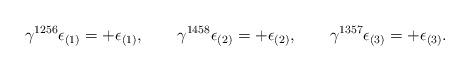
LaTeX: \begin{align*}\gamma^{1256}\epsilon_{(1)} = + \epsilon_{(1)} , \qquad \gamma^{1458}\epsilon_{(2)} = + \epsilon_{(2)} , \qquad \gamma^{1357}\epsilon_{(3)} = + \epsilon_{(3)} .\end{align*}